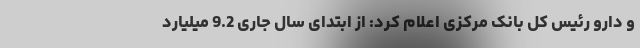
و دارو رئیس کل بانک مرکزی اعلام کرد: از ابتدای سال جاری 9.2 میلیارد